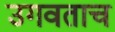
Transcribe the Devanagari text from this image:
उगवताच